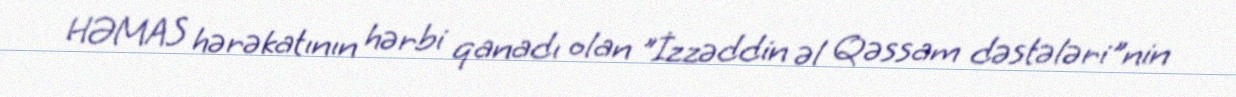
HƏMAS hərəkatının hərbi qanadı olan "İzzəddin əl Qəssam dəstələri"nin